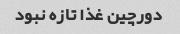
دورچین غذا تازه نبود